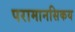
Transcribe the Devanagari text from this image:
परामानसिकय